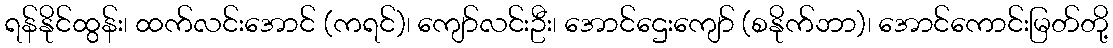
ရန်နိုင်ထွန်း၊ ထက်လင်းအောင် (ကရင်)၊ ကျော်လင်းဦး၊ အောင်ဌေးကျော် (စနိုက်ဘာ)၊ အောင်ကောင်းမြတ်တို့